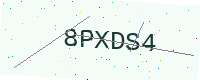
Text: 8PXDS4